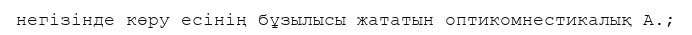
негізінде көру есінің бұзылысы жататын оптикомнестикалық А.;